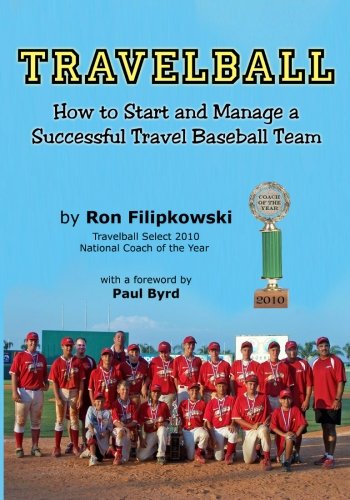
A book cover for Travelball: How to Start and Manage a Successful Travel Baseball Team; Ron Filipkowski; Sports & Outdoors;